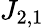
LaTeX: J_{2,1}